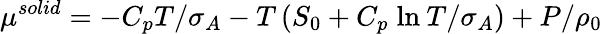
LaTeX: \mu^{solid}=-C_{p}T/\sigma_{A}-T\left(S_{0}+C_{p}\; \mathrm{ln}\: T/\sigma_{A}\right)+P/\rho_{0}\,